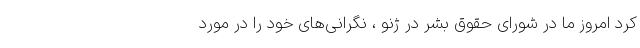
کرد امروز ما در شورای حقوق بشر در ژنو ، نگرانی‌های خود را در مورد